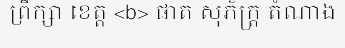
ព្រឹក្សា ខេត្ត <b> ផាត សុភ័ក្ត្រ តំណាង